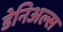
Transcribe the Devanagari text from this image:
डेनिअल्स